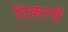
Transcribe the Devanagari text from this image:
ठिकाणें